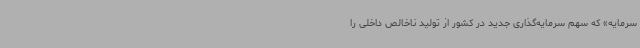
سرمایه» که سهم سرمایه‌گذاری جدید در کشور از تولید ناخالص داخلی را